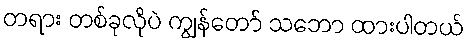
တရား တစ်ခုလိုပဲ ကျွန်တော် သဘော ထားပါတယ်